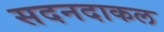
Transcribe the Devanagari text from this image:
सदनदाकल